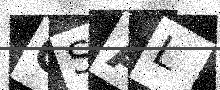
Text: OSAL